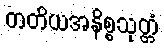
တတိယအနိစ္စသုတ္တံ